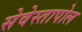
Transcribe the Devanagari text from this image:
सेवेस्तापोल